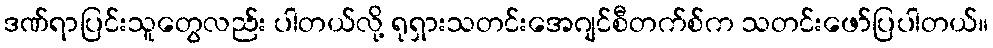
ဒဏ်ရာပြင်းသူတွေလည်း ပါတယ်လို့ ရုရှားသတင်းအေဂျင်စီတက်စ်က သတင်းဖော်ပြပါတယ်။